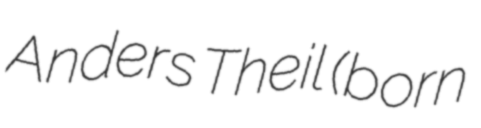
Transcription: Anders Theil (born